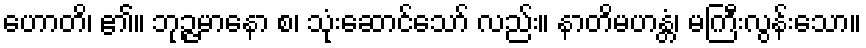
ဟောတိ၊ ၏။ ဘုဉ္ဇမာနော စ၊ သုံးဆောင်သော် လည်း။ နာတိမဟန္တံ၊ မကြီးလွန်းသော။